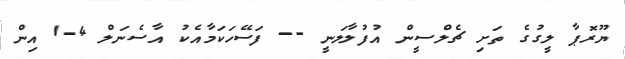
ޔޫރޮޕާ ލީގުގެ ތަށި ޗެލްސީން އުފުލާލަނީ -- ފަސޭހަކަމާއެކު އާސެނަލް 4-1 އިން